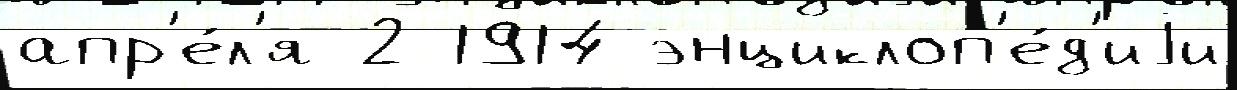
апр'е́л'я 2 1914 энциклоп'е́д'иjи